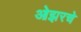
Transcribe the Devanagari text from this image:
ओझरचे